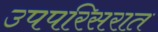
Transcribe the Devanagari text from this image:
उपपरिसरात